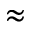
\approx